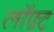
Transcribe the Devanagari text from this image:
लॉफ़्ट